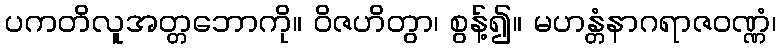
ပကတိလူအတ္တဘောကို။ ဝိဇဟိတွာ၊ စွန့်၍။ မဟန္တံနာဂရာဇဝဏ္ဏံ၊